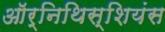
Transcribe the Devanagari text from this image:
ऑर्निथिस्शियंस